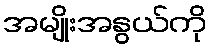
အမျိုးအနွယ်ကို